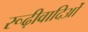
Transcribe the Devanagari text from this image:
रूढ़ीवादिओं